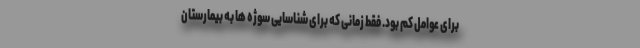
برای عوامل کم بود. فقط زمانی که برای شناسایی سوژه ها به بیمارستان